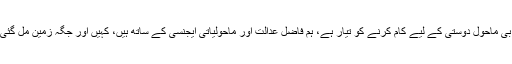
جس پر نجم سیٹھی نے کہا کہ پی سی بی ماحول دوستی کے لیے کام کرنے کو تیار ہے، ہم فاضل عدالت اور ماحولیاتی ایجنسی کے ساتھ ہیں، کہیں اور جگہ زمین مل گئی تو 3، 4 سال میں اسٹیڈیم بن جائے گا۔